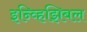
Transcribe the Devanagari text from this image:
इन्व्हिझिबल